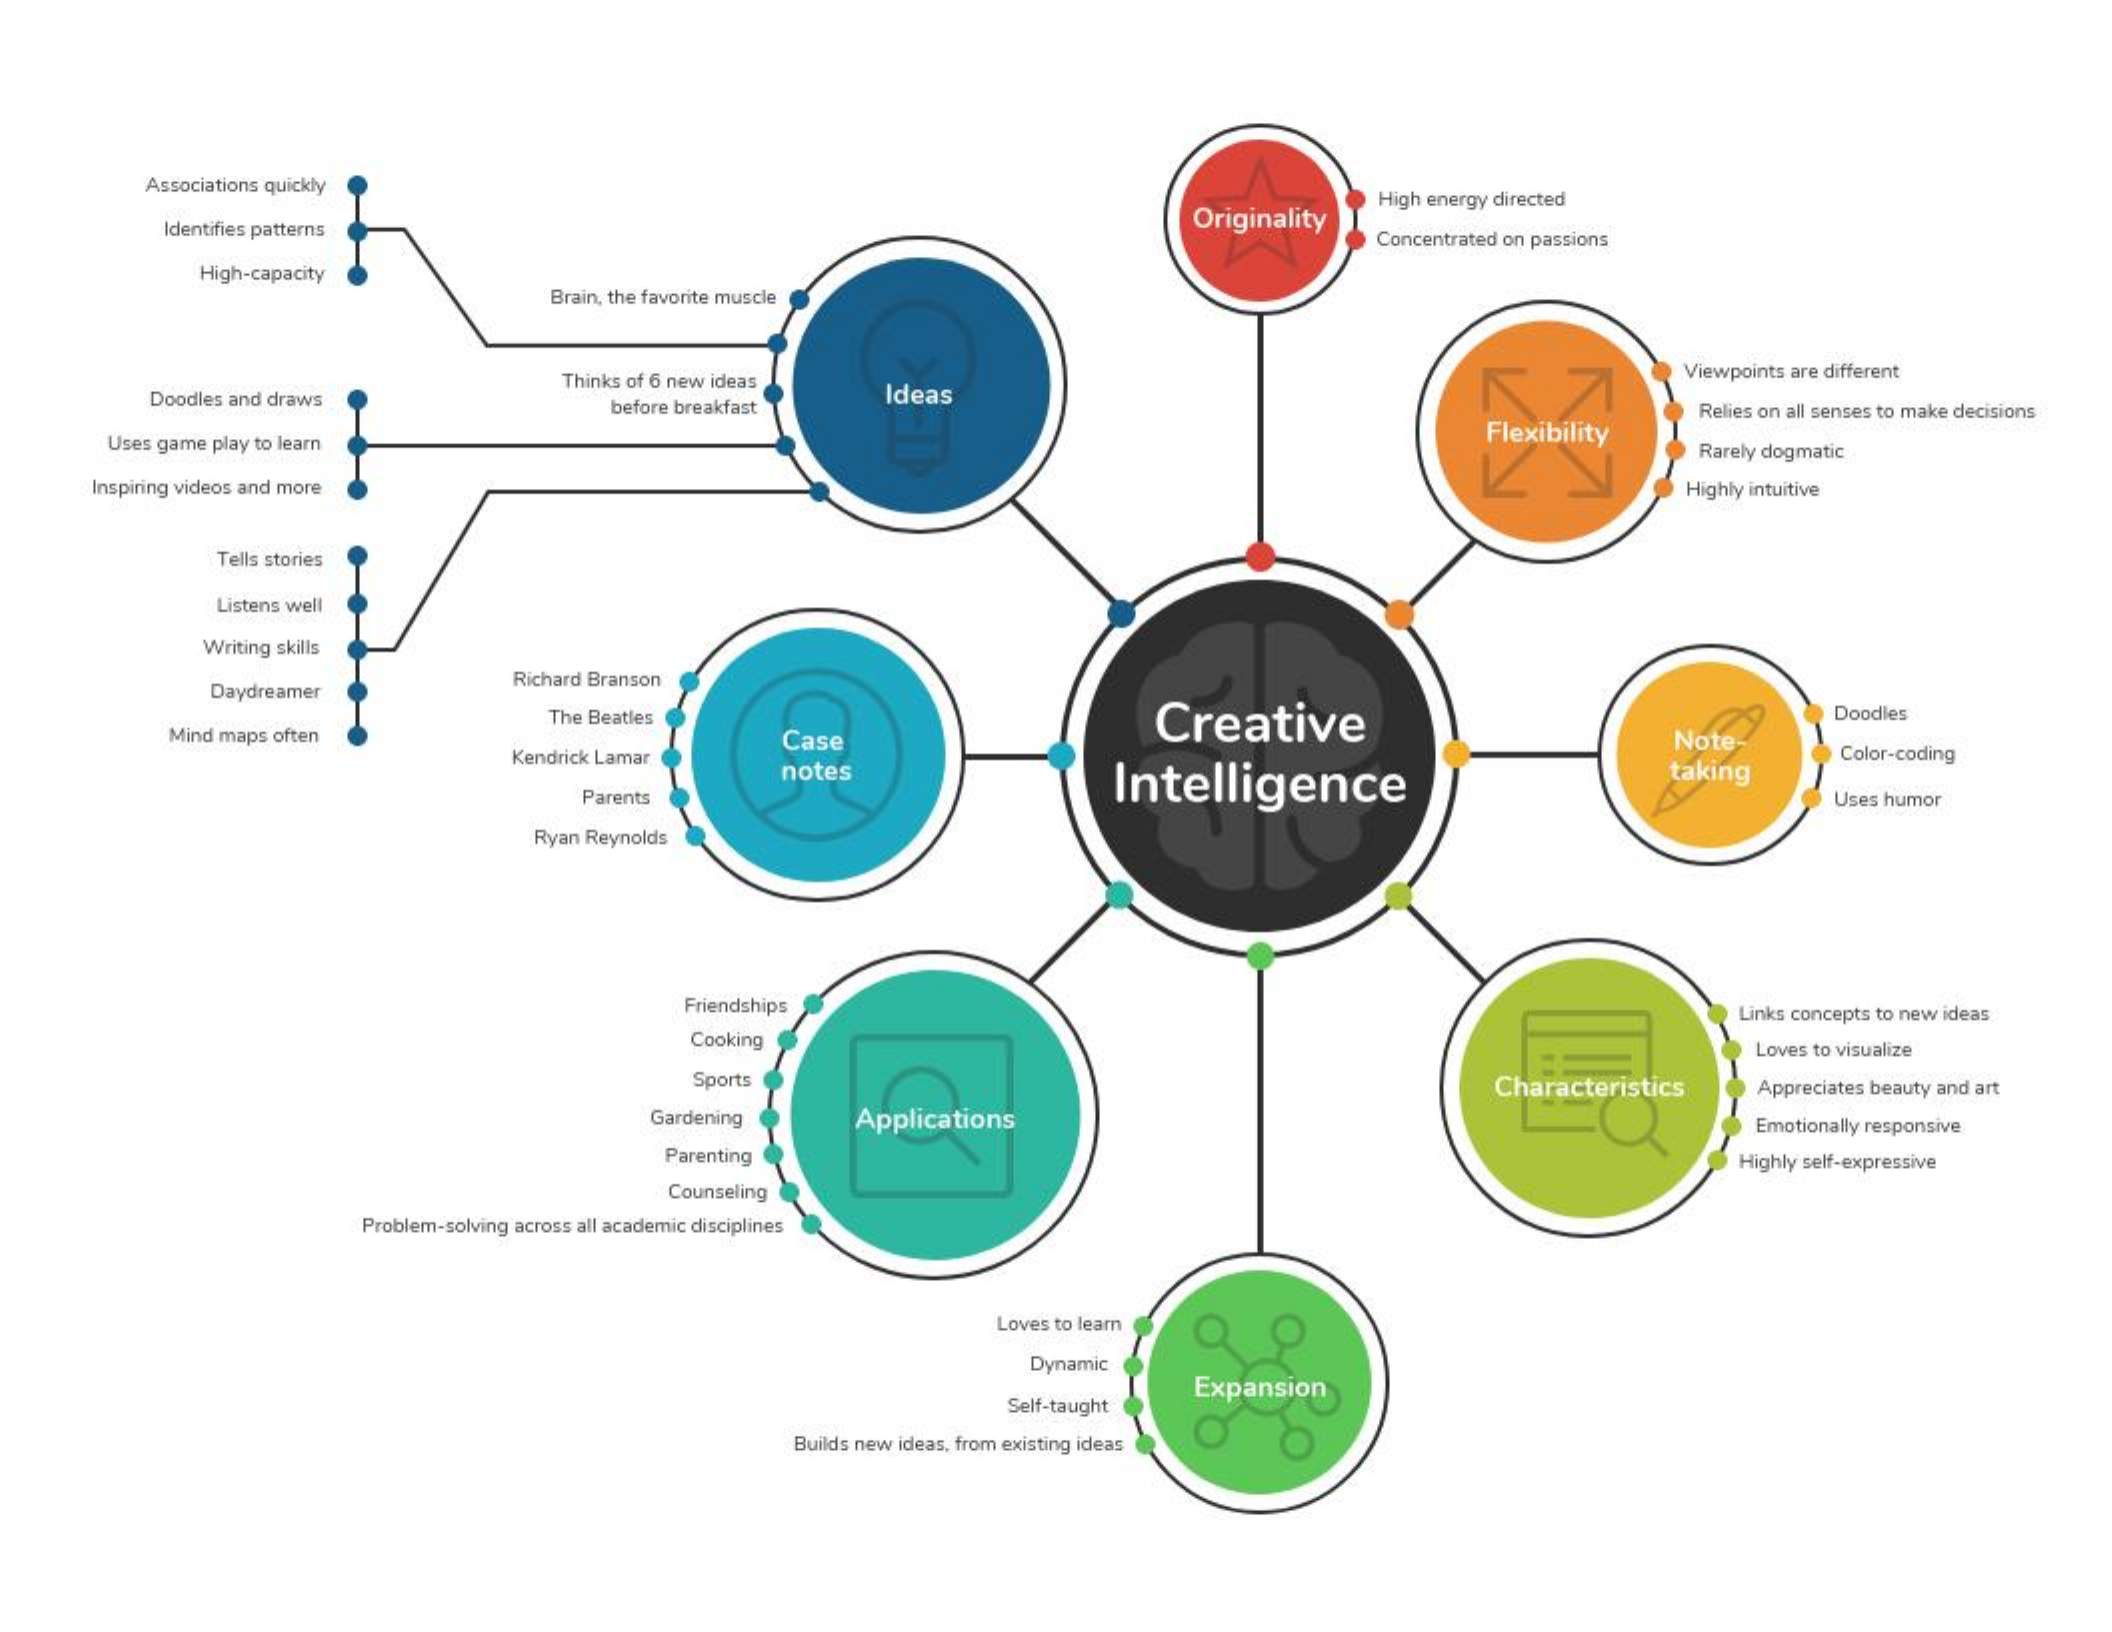
Associations quickly
     Originality
     High energy directed
     Identifies patterns    Concentrated on passions
     High-capacity
     Brain, the favorite muscle
     Thinks of 6 new ideas    Viewpoints are different
     Doodles and draws before breakfast
     Ideas
     Flexibility
     Relies on all senses to make decisions
    Uses game play to learn    Rarely dogmatic
   Inspiring videos and more    Highly intuitive
     Tells stories
     Listens well
     Writing skills
     Daydreamer
     Richard Branson
     Creative
     Mind maps often
     The Beatles    Doodles
     Case    Note-
     Kendrick Lamar
     notes
     Intelligence    taking
     Color-coding
     Parents    Uses humor
     Ryan Reynolds
     Friendships    Links concepts to new ideas
     Cooking
     Loves to visualize
     Sports    Characteristics Appreciates beauty and art
     Gardening Applications    Emotionally responsive
     Parenting    Highly self-expressive
     Counseling
     Problem-solving across all academic disciplines
     Loves to learn
     Dynamic
     Expansion
     Self-taught
     Builds new ideas, from existing ideas